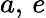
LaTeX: a,\, e